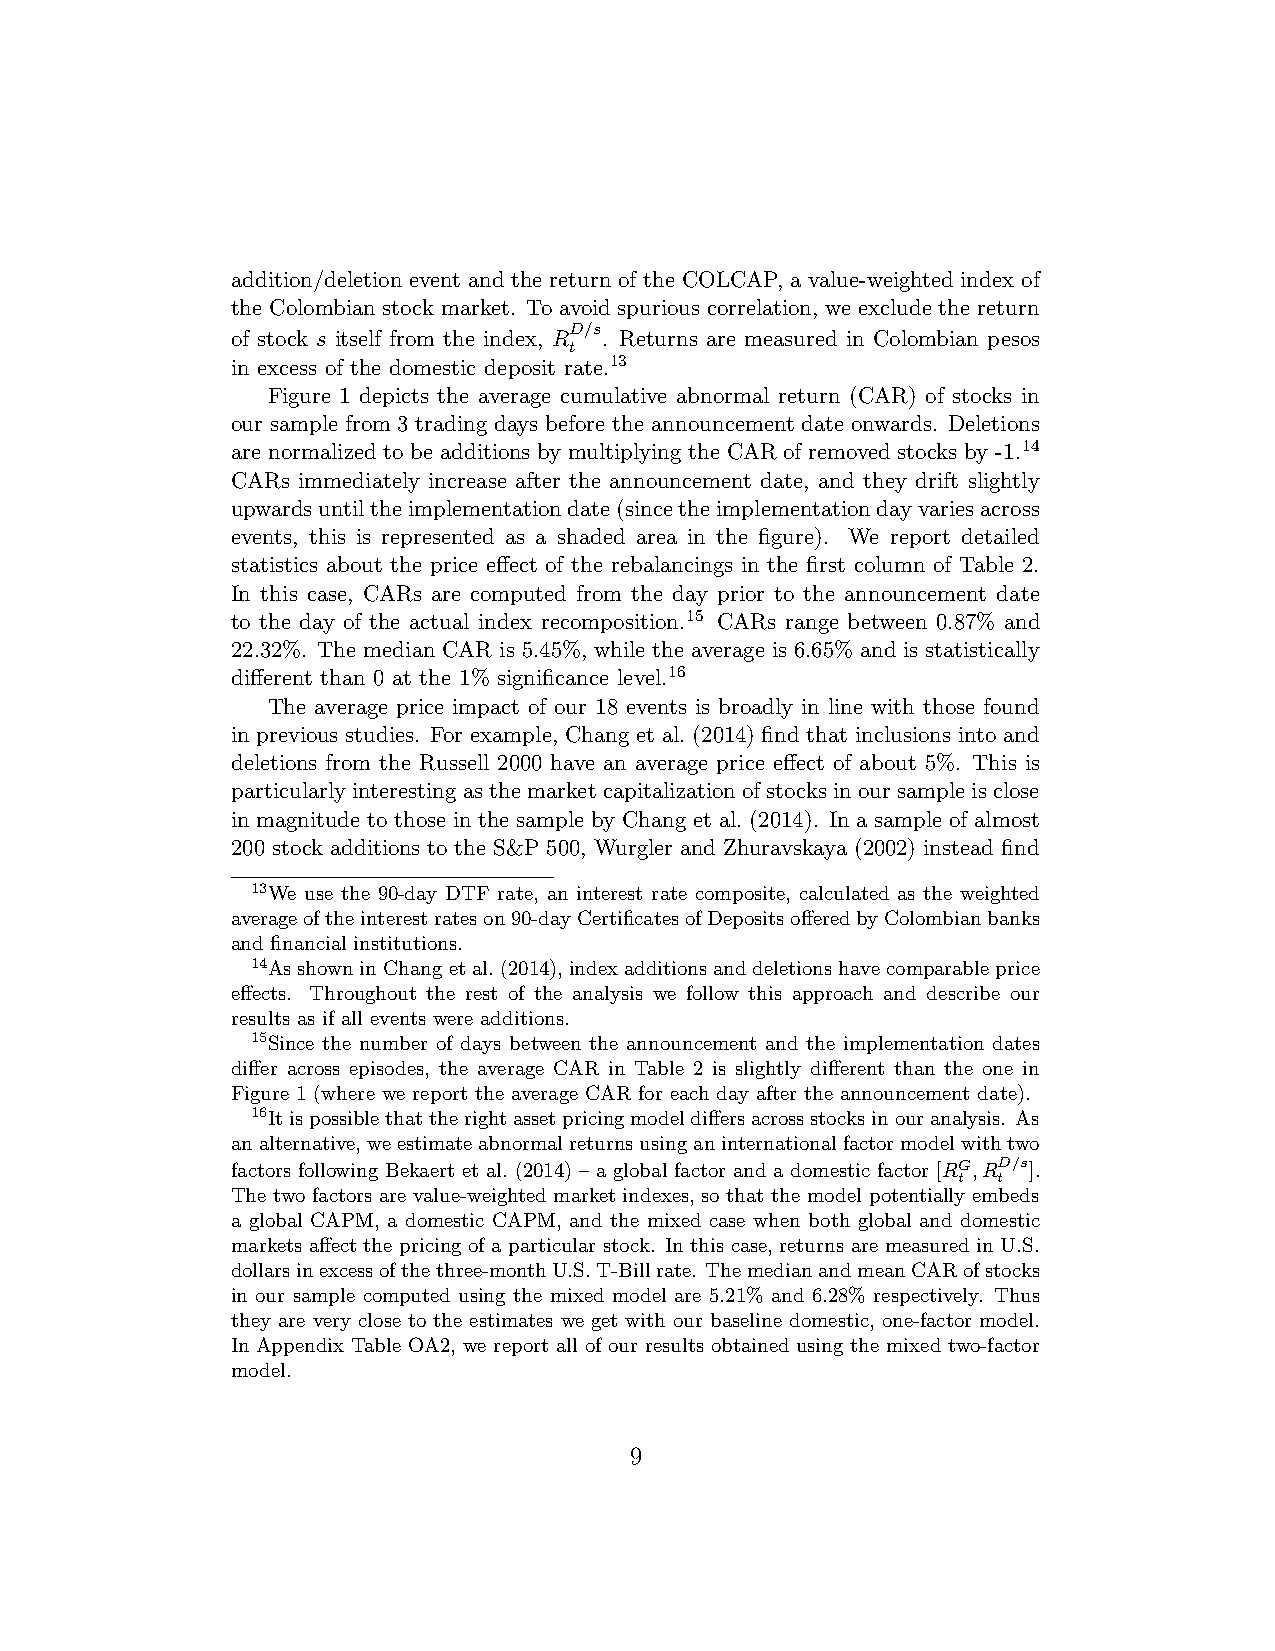
addition/deletion event and the return of the COLCAP, a value-weighted index of
 the Colombian stock market. To avoid spurious correlation, we exclude the return
 D/s
 of stock s itself from the index, R . Returns are measured in Colombian pesos
 t
 in excess of the domestic deposit rate.13
 Figure 1 depicts the average cumulative abnormal return (CAR) of stocks in
 our sample from 3 trading days before the announcement date onwards. Deletions
 are normalized to be additions by multiplying the CAR of removed stocks by -1.14
 CARs immediately increase after the announcement date, and they drift slightly
 upwardsuntiltheimplementationdate(sincetheimplementationdayvariesacross
 events, this is represented as a shaded area in the figure). We report detailed
 statistics about the price effect of the rebalancings in the first column of Table 2.
 In this case, CARs are computed from the day prior to the announcement date
 to the day of the actual index recomposition.15 CARs range between 0.87% and
 22.32%. The median CAR is 5.45%, while the average is 6.65% and is statistically
 different than 0 at the 1% significance level.16
 The average price impact of our 18 events is broadly in line with those found
 in previous studies. For example, Chang et al. (2014) find that inclusions into and
 deletions from the Russell 2000 have an average price effect of about 5%. This is
 particularlyinterestingasthemarketcapitalizationofstocksinoursampleisclose
 in magnitude to those in the sample by Chang et al. (2014). In a sample of almost
 200 stock additions to the S&P 500, Wurgler and Zhuravskaya (2002) instead find
 13We use the 90-day DTF rate, an interest rate composite, calculated as the weighted
 averageoftheinterestrateson90-dayCertificatesofDepositsofferedbyColombianbanks
 and financial institutions.
 14AsshowninChangetal.(2014), indexadditionsanddeletionshavecomparableprice
 effects. Throughout the rest of the analysis we follow this approach and describe our
 results as if all events were additions.
 15Since the number of days between the announcement and the implementation dates
 differ across episodes, the average CAR in Table 2 is slightly different than the one in
 Figure 1 (where we report the average CAR for each day after the announcement date).
 16Itispossiblethattherightassetpricingmodeldiffersacrossstocksinouranalysis. As
 analternative,weestimateabnormalreturnsusinganinternationalfactormodelwithtwo
 factors following Bekaert et al. (2014) – a global factor and a domestic factor [RG,RD/s].
 t  t
 The two factors are value-weighted market indexes, so that the model potentially embeds
 a global CAPM, a domestic CAPM, and the mixed case when both global and domestic
 markets affect the pricing of a particular stock. In this case, returns are measured in U.S.
 dollarsinexcessofthethree-monthU.S.T-Billrate. ThemedianandmeanCARofstocks
 in our sample computed using the mixed model are 5.21% and 6.28% respectively. Thus
 they are very close to the estimates we get with our baseline domestic, one-factor model.
 In Appendix Table OA2, we report all of our results obtained using the mixed two-factor
 model.
 9